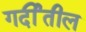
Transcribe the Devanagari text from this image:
गर्दीतील